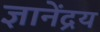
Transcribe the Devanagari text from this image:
ज्ञानेंद्रय